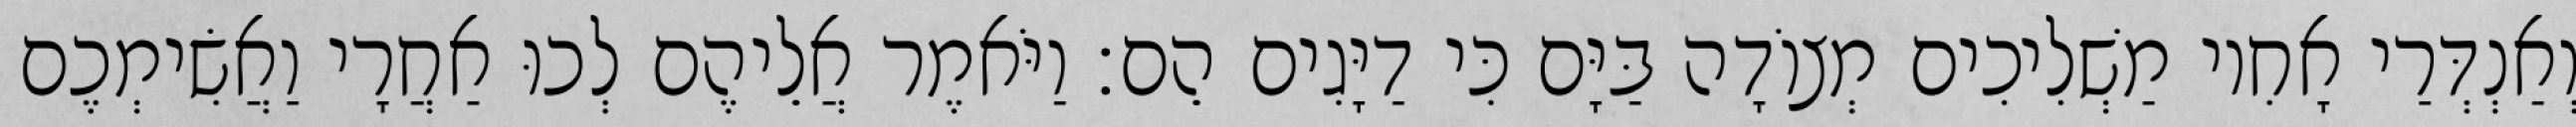
וְאַנְדְּרַי אָחִיו מַשְׁלִיכִים מְצוֹדָה בַּיָּם כִּי דַיָּגִים הֵם׃ וַיֹּאמֶר אֲלֵיהֶם לְכוּ אַחֲרָי וַאֲשִׂימְכֶם